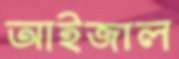
আইজাল